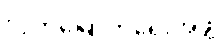
လွတ်မြောက်ရေးအဖွဲ့